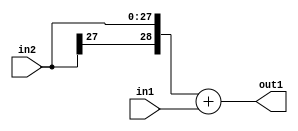
`timescale 1ps / 1ps
/*****************************************************************************
    Verilog RTL Description
    
    
    Created by: Stratus DpOpt 2019.1.01 
*******************************************************************************/

module GaussianFilter_Add_28Sx2U_29S_1 (
	in2,
	in1,
	out1
	); /* architecture "behavioural" */ 
input [27:0] in2;
input [1:0] in1;
output [28:0] out1;
wire [28:0] asc001;

assign asc001 = 
	+({in2[27], in2})
	+(in1);

assign out1 = asc001;
endmodule

/* CADENCE  ubP2TA0= : u9/ySgnWtBlWxVPRXgAZ4Og= ** DO NOT EDIT THIS LINE ******/